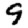
Digit: 9